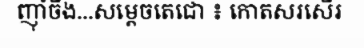
ញ៉ាំចឹង...សម្តេចតេជោ ៖ កោតសរសើរ